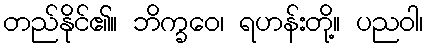
တည်နိုင်၏။ ဘိက္ခဝေ၊ ရဟန်းတို့။ ပညဝါ၊